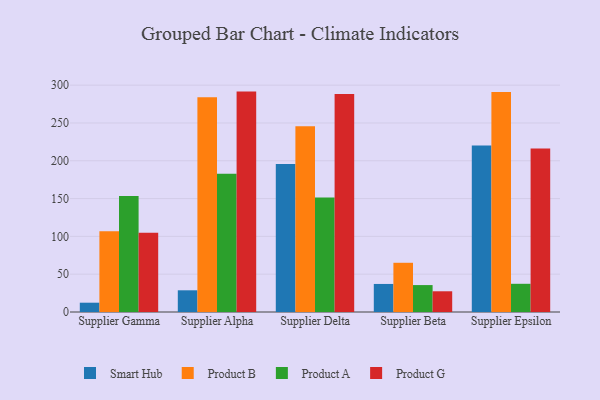
{"axis": {"x": "Supplier", "y": "LTV (USD)"}, "legend": ["Product A", "Product B", "Product G", "Smart Hub"], "data": [{"x": "Supplier Gamma", "y": 12.3, "type": "Smart Hub"}, {"x": "Supplier Gamma", "y": 106.9, "type": "Product B"}, {"x": "Supplier Gamma", "y": 153.3, "type": "Product A"}, {"x": "Supplier Gamma", "y": 104.7, "type": "Product G"}, {"x": "Supplier Alpha", "y": 28.7, "type": "Smart Hub"}, {"x": "Supplier Alpha", "y": 284.0, "type": "Product B"}, {"x": "Supplier Alpha", "y": 182.8, "type": "Product A"}, {"x": "Supplier Alpha", "y": 291.5, "type": "Product G"}, {"x": "Supplier Delta", "y": 195.6, "type": "Smart Hub"}, {"x": "Supplier Delta", "y": 245.6, "type": "Product B"}, {"x": "Supplier Delta", "y": 151.4, "type": "Product A"}, {"x": "Supplier Delta", "y": 288.2, "type": "Product G"}, {"x": "Supplier Beta", "y": 37.1, "type": "Smart Hub"}, {"x": "Supplier Beta", "y": 65.1, "type": "Product B"}, {"x": "Supplier Beta", "y": 35.6, "type": "Product A"}, {"x": "Supplier Beta", "y": 27.4, "type": "Product G"}, {"x": "Supplier Epsilon", "y": 220.1, "type": "Smart Hub"}, {"x": "Supplier Epsilon", "y": 290.9, "type": "Product B"}, {"x": "Supplier Epsilon", "y": 37.3, "type": "Product A"}, {"x": "Supplier Epsilon", "y": 216.2, "type": "Product G"}]}